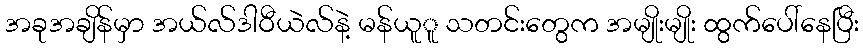
အခုအချိန်မှာ အယ်လ်ဒါဝီယဲလ်နဲ့ မန်ယူူ သတင်းတွေက အမျိုးမျိုး ထွက်ပေါ်နေပြီး